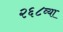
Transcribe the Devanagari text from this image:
२६८व्या